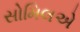
સોમિલએ